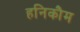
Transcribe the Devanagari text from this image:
हनिकौम